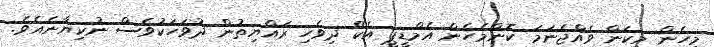
މިހެން މިކަން ވެއްޖެނަމަ ކޮންމެހެން އެމްޑީޕީ އެކޭ ދިވެހި ރައްޔިތުން ދުވަހަކުވެސް ނުކިޔާނެއެވެ.